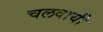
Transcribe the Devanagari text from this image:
चलवायी